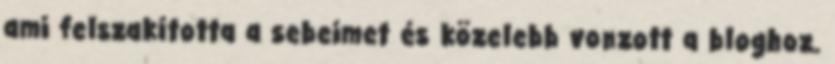
ami felszakította a sebeimet és közelebb vonzott a bloghoz.